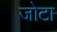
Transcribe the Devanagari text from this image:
जोटा